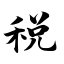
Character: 税